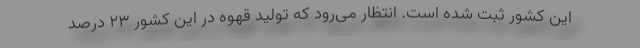
این کشور ثبت شده است. انتظار می‌رود که تولید قهوه در این کشور ۲۳ درصد